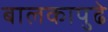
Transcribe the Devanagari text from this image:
बालकापुढे